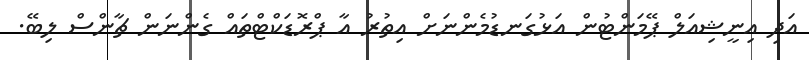
އަދި އިނީޝިއަލް ޕޭމަންޓުން އަޅުގަނޑުމެންނަށް އިތުރު އާ ޕްރޮޑަކްޓްތައް ގެންނަން ޗާންސް ލިބޭ.